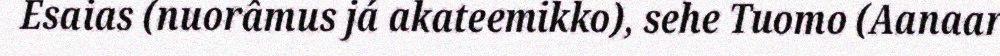
Esaias (nuorâmus já akateemikko), sehe Tuomo (Aanaar